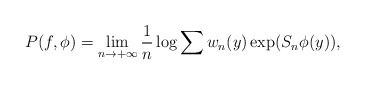
\begin{align*} P(f,\phi)=\lim\limits_{n\to +\infty} \frac{1}{n} \log \sum w_n(y) \exp(S_n\phi(y)),\end{align*}